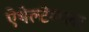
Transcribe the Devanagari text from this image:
ऐथेल्टेम्प्लर